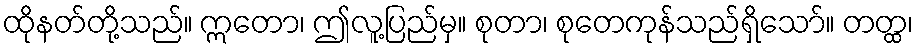
ထိုနတ်တို့သည်။ ဣတော၊ ဤလူ့ပြည်မှ။ စုတာ၊ စုတေကုန်သည်ရှိသော်။ တတ္ထ၊